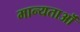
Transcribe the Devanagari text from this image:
मान्यताऒं